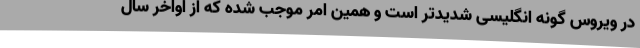
در ویروس گونه انگلیسی شدیدتر است و همین امر موجب شده که از اواخر سال